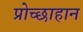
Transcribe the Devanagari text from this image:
प्रोच्छाहान